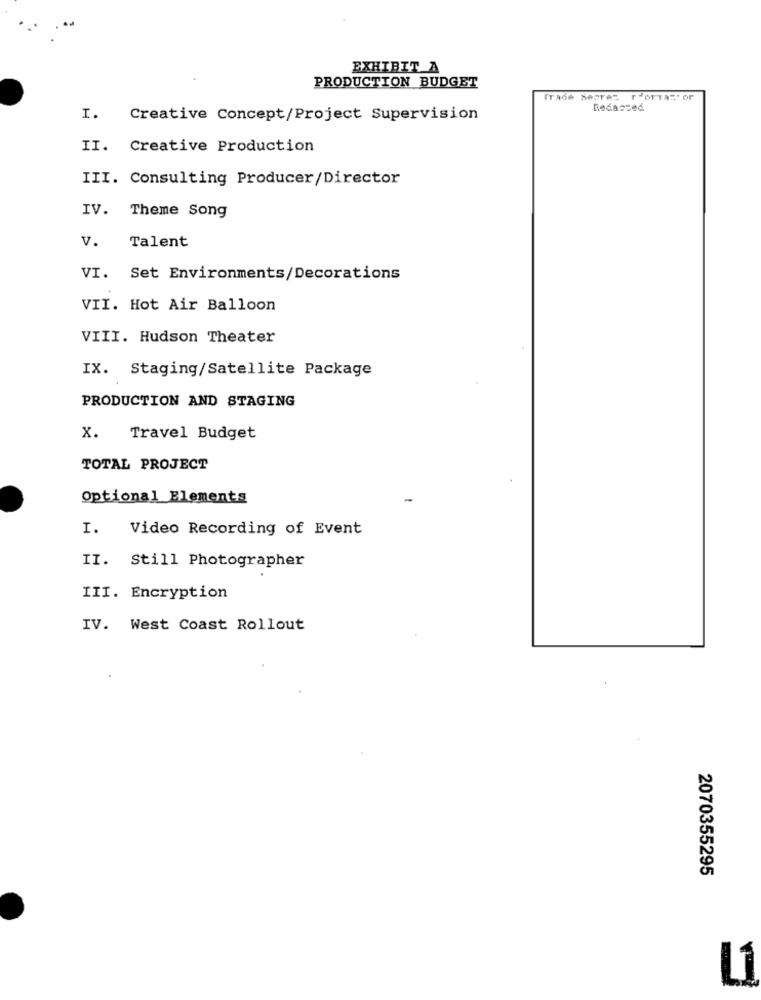
EXHIBIT A
PRODUCTION BUDGET
Trade Searez r orTastor
I.
Creative Concept/Project Supervision
II. Creative Production
III. Consulting Producer/Director
IV.
Theme Song
v.
Talent
VI.
Set Environments/Decorations
VII. Hot Air Balloon
VIII. Hudson Theater
IX. Staging/Satellite Package
PRODUCTION AND STAGING
x.
Travel Budget
TOTAL PROJECT
Optional Elements
I.
Video Recording of Event
II. Still Photographer
III. Encryption
IV. West Coast Rollout
2070355295
L1